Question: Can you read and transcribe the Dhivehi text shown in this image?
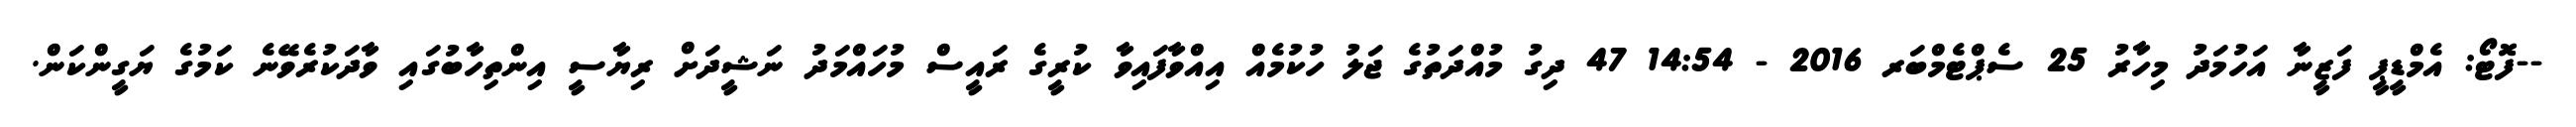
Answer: --ފޮޓޯ: އެމްޑީޕީ ފަޒީނާ އަހުމަދު މިހާރު 25 ސެޕްޓެމްބަރ 2016 - 14:54 47 ދިގު މުއްދަތުގެ ޖަލު ހުކުމެއް އިއްވާފައިވާ ކުރީގެ ރައީސް މުހައްމަދު ނަޝީދަށް ރިޔާސީ އިންތިހާބުގައި ވާދަކުރެވޭނެ ކަމުގެ ޔަގީންކަން.